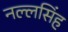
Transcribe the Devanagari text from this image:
नल्लसिंह